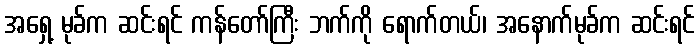
အရှေ့ မုခ်က ဆင်းရင် ကန်တော်ကြီး ဘက်ကို ရောက်တယ်၊ အနောက်မုခ်က ဆင်းရင်